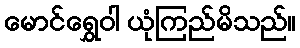
မောင်ရွှေဝါ ယုံကြည်မိသည်။